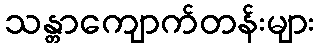
သန္တာကျောက်တန်းများ